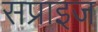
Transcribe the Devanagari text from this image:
सप्राइज